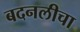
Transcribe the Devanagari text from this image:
बदनलीचा